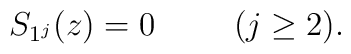
S_{1^j}(z)=0 \hspace{10mm} (j \geq 2).